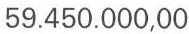
59.450.000,00